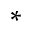
^ \ast